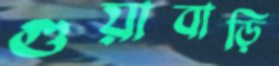
গুয়াবাড়ি